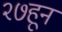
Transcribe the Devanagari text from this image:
२७हून